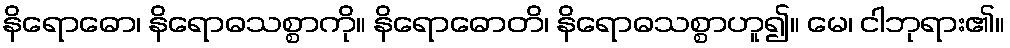
နိရောဓော၊ နိရောဓသစ္စာကို။ နိရောဓောတိ၊ နိရောဓသစ္စာဟူ၍။ မေ၊ ငါဘုရား၏။